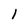
Character: 1